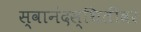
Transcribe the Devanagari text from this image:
स्वानंदस्थितीवर